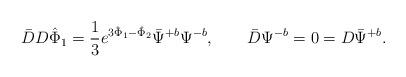
LaTeX: \begin{align*}\bar DD{\hat\Phi}_1={1\over 3}e^{3{\hat\Phi}_1-{\hat\Phi}_2}\bar\Psi^{+b}\Psi^{-b},\qquad \bar D\Psi^{-b}=0=D\bar\Psi^{+b}.\end{align*}